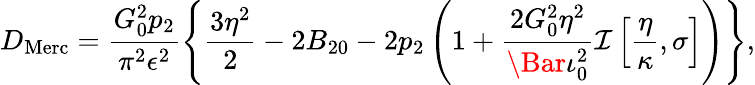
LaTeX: D_{\mathrm{Merc}}=\frac{G_{0}^{2}p_{2}}{\pi^{2}\epsilon^{2}}\left\{ \frac{3\eta^{2}}{2}-2B_{20}-2p_{2}\left(1+\frac{2G_{0}^{2}\eta^{2}}{\Bar{\iota}_{0}^{2}}\mathcal{I}\left[\frac{\eta}{\kappa},\sigma\right]\right)\right\} ,